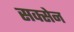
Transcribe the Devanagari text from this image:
सक्सेन